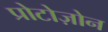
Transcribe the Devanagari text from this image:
प्रोटोज़ोन